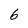
Character: 6